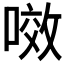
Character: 𭉲